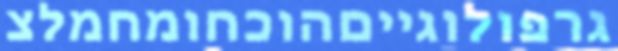
גרפולוגייםהוכחומחמלצ